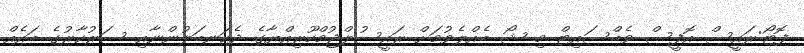
ފޮޓޯ:ރައީސް އޮފީސް ވެބްސައިޓް މި ޝޯ ބެއްލެވުމަށް ރައީސުލްޖުމްހޫރިއްޔާގެ ދެކަނބަލުންނާއި ސަރުކާރުގެ ބައެއް